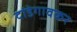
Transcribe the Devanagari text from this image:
दांडेगावकर